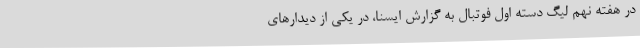
در هفته نهم لیگ دسته اول فوتبال به گزارش ایسنا، در یکی از دیدارهای